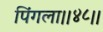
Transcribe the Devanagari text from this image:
पिंगला।।४८।।